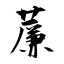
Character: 薕